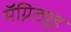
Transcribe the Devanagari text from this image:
मॅग्निट्यूड